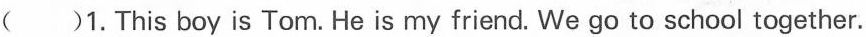
()1.This boy is Tom. He is my friend. We go to school together.